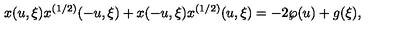
x ( u , \xi ) x ^ { ( 1 / 2 ) } ( - u , \xi ) + x ( - u , \xi ) x ^ { ( 1 / 2 ) } ( u , \xi ) = - 2 \wp ( u ) + g ( \xi ) ,